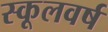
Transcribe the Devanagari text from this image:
स्कूलवर्ष